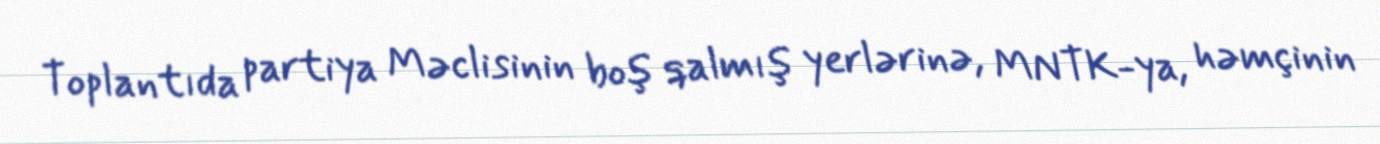
Toplantıda partiya Məclisinin boş qalmış yerlərinə, MNTK-ya, həmçinin